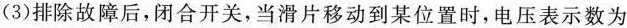
(3)排除故障后，闭合开关，当滑片移动到某位置时，电压表示数为